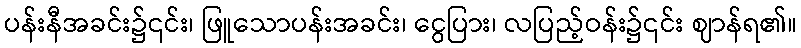
ပန်းနီအခင်း၌၎င်း၊ ဖြူသောပန်းအခင်း၊ ငွေပြား၊ လပြည့်ဝန်း၌၎င်း ဈာန်ရ၏။